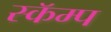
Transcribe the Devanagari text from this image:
स्कॅम्प